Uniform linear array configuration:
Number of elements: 32
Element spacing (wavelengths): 0.25
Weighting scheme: blackman
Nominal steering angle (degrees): -15
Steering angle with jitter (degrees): -13.778
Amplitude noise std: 0.05
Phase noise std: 0.05

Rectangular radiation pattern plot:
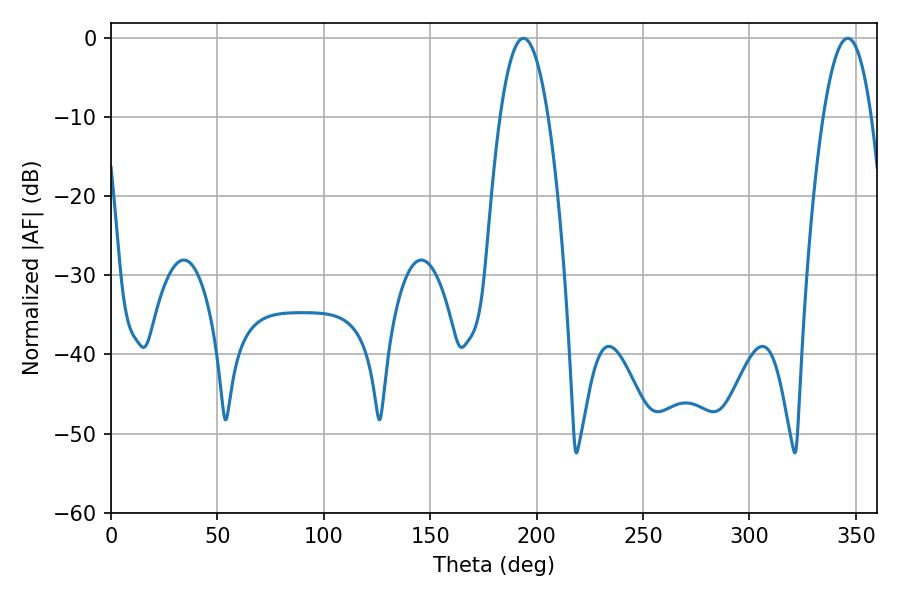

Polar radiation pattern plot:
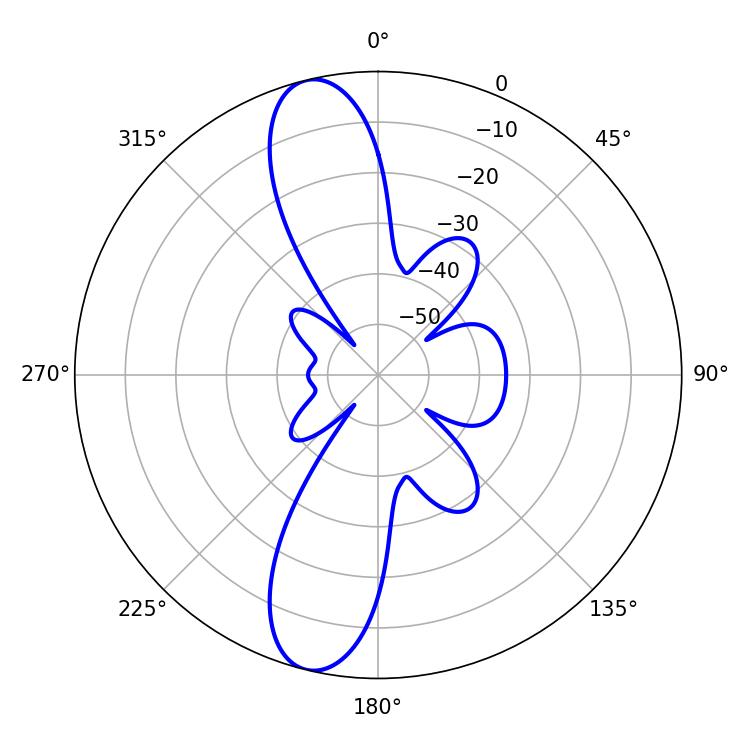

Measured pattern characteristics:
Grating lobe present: FALSE
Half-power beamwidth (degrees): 12.42
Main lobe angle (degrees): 193.86